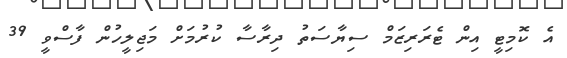
އެ ކޮމިޓީ އިން ޓެރަރިޒަމް ސިޔާސަތު ދިރާސާ ކުރުމަށް މަޖިލީހުން ފާސްވީ 39